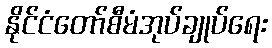
နိုင်ငံတော်စီမံအုပ်ချုပ်ရေး